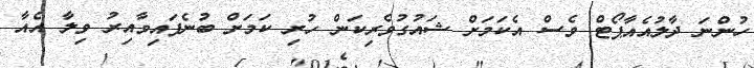
ހުންނަ ދާލުއެއާޕޯޓް ވެސް އެކަމަށް ޝައުގުވެރިކަން ހުރި ކަމަށް ބުނެފައިވާއިރު ވިލާ އެއާ